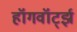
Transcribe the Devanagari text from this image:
हॉगवॉर्ट्झ